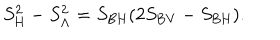
S _ { \mathrm { H } } ^ { 2 } - S _ { \mathrm { \Lambda } } ^ { 2 } = S _ { \mathrm { B H } } ( 2 S _ { \mathrm { B V } } - S _ { \mathrm { B H } } ) .